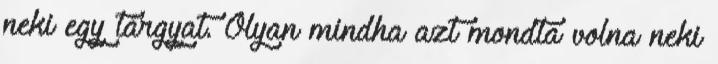
neki egy tárgyat. Olyan mindha azt mondta volna neki